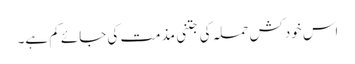
اس خودکش حملہ کی جتنی مذمت کی جائے کم ہے۔